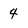
Character: 4